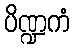
ပိဏ္ဍကံ